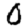
Digit: 0